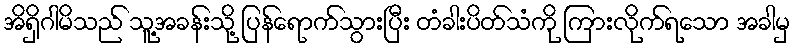
အိရှိဂါမိသည် သူ့အခန်းသို့ ပြန်ရောက်သွားပြီး တံခါးပိတ်သံကို ကြားလိုက်ရသော အခါမှ